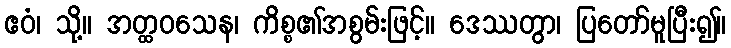
ဧဝံ၊ သို့။ အတ္ထဝသေန၊ ကိစ္စ၏အစွမ်းဖြင့်။ ဒေဿတွာ၊ ပြတော်မူပြီး၍။